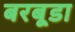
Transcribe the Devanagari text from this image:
बरबूडा